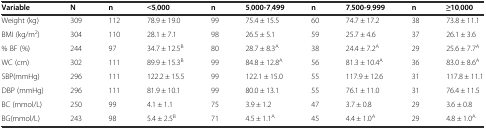
<table><thead><tr><td><b>Variable</b></td><td><b>N</b></td><td><b>n</b></td><td><b>&lt;5,000</b></td><td><b>n</b></td><td><b>5,000-7,499</b></td><td><b>n</b></td><td><b>7,500-9,999</b></td><td><b>n</b></td><td><b>≥10,000</b></td></tr></thead><tbody><tr><td>Weight (kg)</td><td>309</td><td>112</td><td>78.9 ± 19.0</td><td>99</td><td>75.4 ± 15.5</td><td>60</td><td>74.7 ± 17.2</td><td>38</td><td>73.8 ± 11.1</td></tr><tr><td>BMI (kg/m<sup>2</sup>)</td><td>304</td><td>110</td><td>28.1 ± 7.1</td><td>98</td><td>26.5 ± 5.1</td><td>59</td><td>25.7 ± 4.6</td><td>37</td><td>26.1 ± 3.6</td></tr><tr><td>% BF (%)</td><td>244</td><td>97</td><td>34.7 ± 12.5<sup>B</sup></td><td>80</td><td>28.7 ± 8.3<sup>A</sup></td><td>38</td><td>24.4 ± 7.2<sup>A</sup></td><td>29</td><td>25.6 ± 7.7<sup>A</sup></td></tr><tr><td>WC (cm)</td><td>302</td><td>111</td><td>89.9 ± 15.3<sup>B</sup></td><td>99</td><td>84.8 ± 12.8<sup>A</sup></td><td>56</td><td>81.3 ± 10.4<sup>A</sup></td><td>36</td><td>83.0 ± 8.6<sup>A</sup></td></tr><tr><td>SBP(mmHg)</td><td>296</td><td>111</td><td>122.2 ± 15.5</td><td>99</td><td>122.1 ± 15.0</td><td>55</td><td>117.9 ± 12.6</td><td>31</td><td>117.8 ± 11.1</td></tr><tr><td>DBP (mmHg)</td><td>296</td><td>111</td><td>81.9 ± 10.1</td><td>99</td><td>80.0 ± 13.1</td><td>55</td><td>76.1 ± 11.0</td><td>31</td><td>76.4 ± 11.5</td></tr><tr><td>BC (mmol/L)</td><td>250</td><td>99</td><td>4.1 ± 1.1</td><td>75</td><td>3.9 ± 1.2</td><td>47</td><td>3.7 ± 0.8</td><td>29</td><td>3.6 ± 0.8</td></tr><tr><td>BG(mmol/L)</td><td>243</td><td>98</td><td>5.4 ± 2.5<sup>B</sup></td><td>71</td><td>4.5 ± 1.1<sup>A</sup></td><td>45</td><td>4.4 ± 1.0<sup>A</sup></td><td>29</td><td>4.8 ± 1.0<sup>A</sup></td></tr></tbody></table>